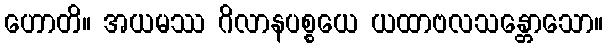
ဟောတိ။ အယမဿ ဂိလာနပစ္စယေ ယထာဗလသန္တောသော။